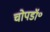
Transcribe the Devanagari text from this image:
चोपडॉ॰